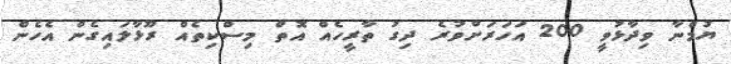
ޔުމްނާ ވިދާޅުވީ 200 އަހަރަށްވުރެ ދިގު ތާރީހެއް އޮތް މިސްކިތެއް ރޫޅާލައިގެން އެހެން